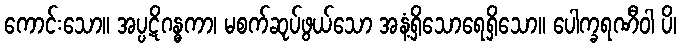
ကောင်းသော။ အပ္ပဋိဂန္ဓကာ၊ မစက်ဆုပ်ဖွယ်သော အနံ့ရှိသောရေရှိသော။ ပေါက္ခရဏီဝါ ပိ၊